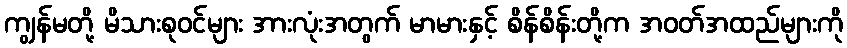
ကျွန်မတို့ မိသားစုဝင်များ အားလုံးအတွက် မာမားနှင့် စိန်စိန်းတို့က အဝတ်အထည်များကို